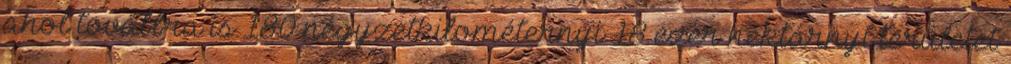
ahol továbbra is 180 négyzetkilométernyi 18 ezer hektárnyi területet